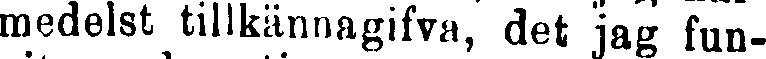
medelst tillkännagifva, det jag fun-